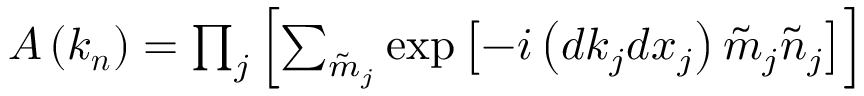
\begin{array} { r } { \boldsymbol { A } \left( \boldsymbol { k } _ { \boldsymbol { n } } \right) = \prod _ { j } \left[ \sum _ { \tilde { m } _ { j } } \exp \left[ - i \left( d k _ { j } d x _ { j } \right) \tilde { m } _ { j } \tilde { n } _ { j } \right] \right] } \end{array}